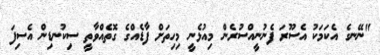
"ނޭނގެ އެކަމަކު އެސޫރަ ފެނުނީއްސުރެން މިއުޅެނީ މިހިތަށް ފާޑެއްގެ ގޮތެއްވާތީ ސިކުނޑިން އެސިފަ